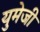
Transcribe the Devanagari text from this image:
युमेजी